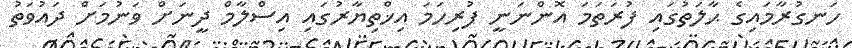
ހަނގުރާމައިގެ ޙާލަތުގައި ފުރަތަމަ އޮންނަނީ ފުރިހަމަ އިޚްތިޔާރުގައި އިސްލާމް ދީނަށް ވަނުމަށް ދައުވަތު